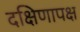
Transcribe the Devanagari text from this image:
दक्षिणापक्ष